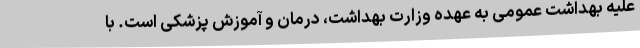
علیه بهداشت عمومی به عهده وزارت بهداشت، درمان و آموزش پزشکی است. با